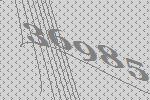
36985